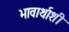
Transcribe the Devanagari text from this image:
भावार्थाशी